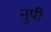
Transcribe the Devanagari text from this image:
नुपी